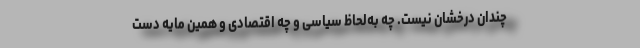
چندان درخشان نیست. چه به‌لحاظ سیاسی و چه اقتصادی و همین مایه دست‌